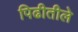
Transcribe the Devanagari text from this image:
पिढीतीले